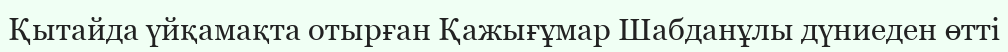
Қытайда үйқамақта отырған Қажығұмар Шабданұлы дүниеден өтті